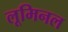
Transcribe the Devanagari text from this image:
लूमिनल